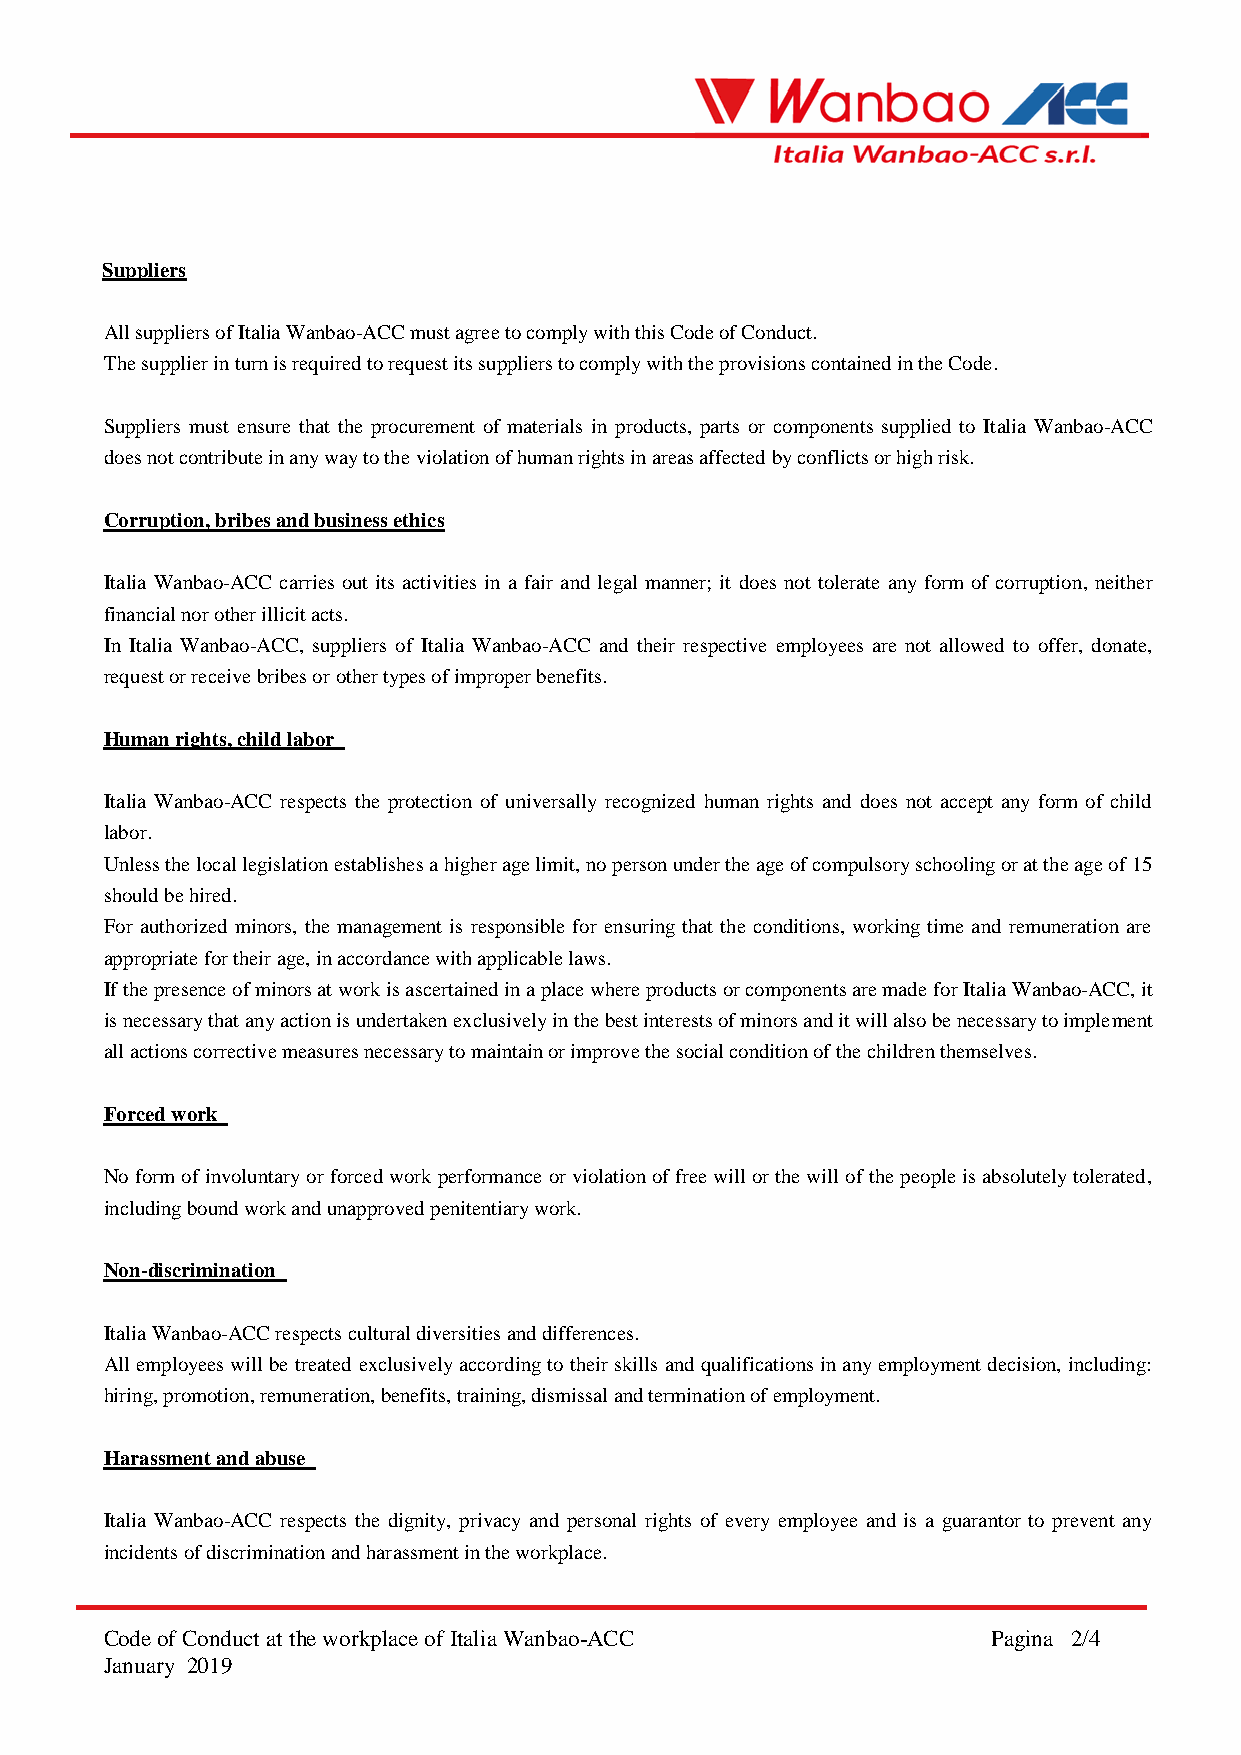
Suppliers
 All suppliers of Italia Wanbao-ACC must agree to comply with this Code of Conduct.
 The supplier in turn is required to request its suppliers to comply with the provisions contained in the Code.
 Suppliers must ensure that the procurement of materials in products, parts or components supplied to Italia Wanbao-ACC
 does not contribute in any way to the violation of human rights in areas affected by conflicts or high risk.
 Corruption, bribes and business ethics
 Italia Wanbao-ACC carries out its activities in a fair and legal manner; it does not tolerate any form of corruption, neither
 financial nor other illicit acts.
 In Italia Wanbao-ACC, suppliers of Italia Wanbao-ACC and their respective employees are not allowed to offer, donate,
 request or receive bribes or other types of improper benefits.
 Human rights, child labor
 Italia Wanbao-ACC respects the protection of universally recognized human rights and does not accept any form of child
 labor.
 Unless the local legislation establishes a higher age limit, no person under the age of compulsory schooling or at the age of 15
 should be hired.
 For authorized minors, the management is responsible for ensuring that the conditions, working time and remuneration are
 appropriate for their age, in accordance with applicable laws.
 If the presence of minors at work is ascertained in a place where products or components are made for Italia Wanbao-ACC, it
 is necessary that any action is undertaken exclusively in the best interests of minors and it will also be necessary to implement
 all actions corrective measures necessary to maintain or improve the social condition of the children themselves.
 Forced work
 No form of involuntary or forced work performance or violation of free will or the will of the people is absolutely tolerated,
 including bound work and unapproved penitentiary work.
 Non-discrimination
 Italia Wanbao-ACC respects cultural diversities and differences.
 All employees will be treated exclusively according to their skills and qualifications in any employment decision, including:
 hiring, promotion, remuneration, benefits, training, dismissal and termination of employment.
 Harassment and abuse
 Italia Wanbao-ACC respects the dignity, privacy and personal rights of every employee and is a guarantor to prevent any
 incidents of discrimination and harassment in the workplace.
 Code of Conduct at the workplace of Italia Wanbao-ACC      Pagina 2/4
 January 2019